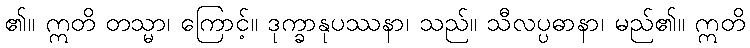
၏။ ဣတိ တသ္မာ၊ ကြောင့်။ ဒုက္ခာနုပဿနာ၊ သည်။ သီလပ္ပဓာနာ၊ မည်၏။ ဣတိ